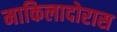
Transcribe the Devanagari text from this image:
माकिलादोरास